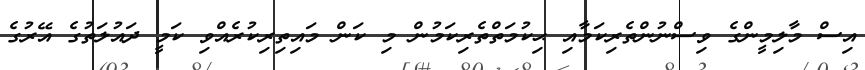
އިސް މާލިމީންގެ ވިސްނުންތެރިކަމާއި ޙިކުމަތްތެރިކަމުން މި ކަން މައިތިރިކުރެއްވި ކަމީ ދައުލަތުގެ އޭރުގެ